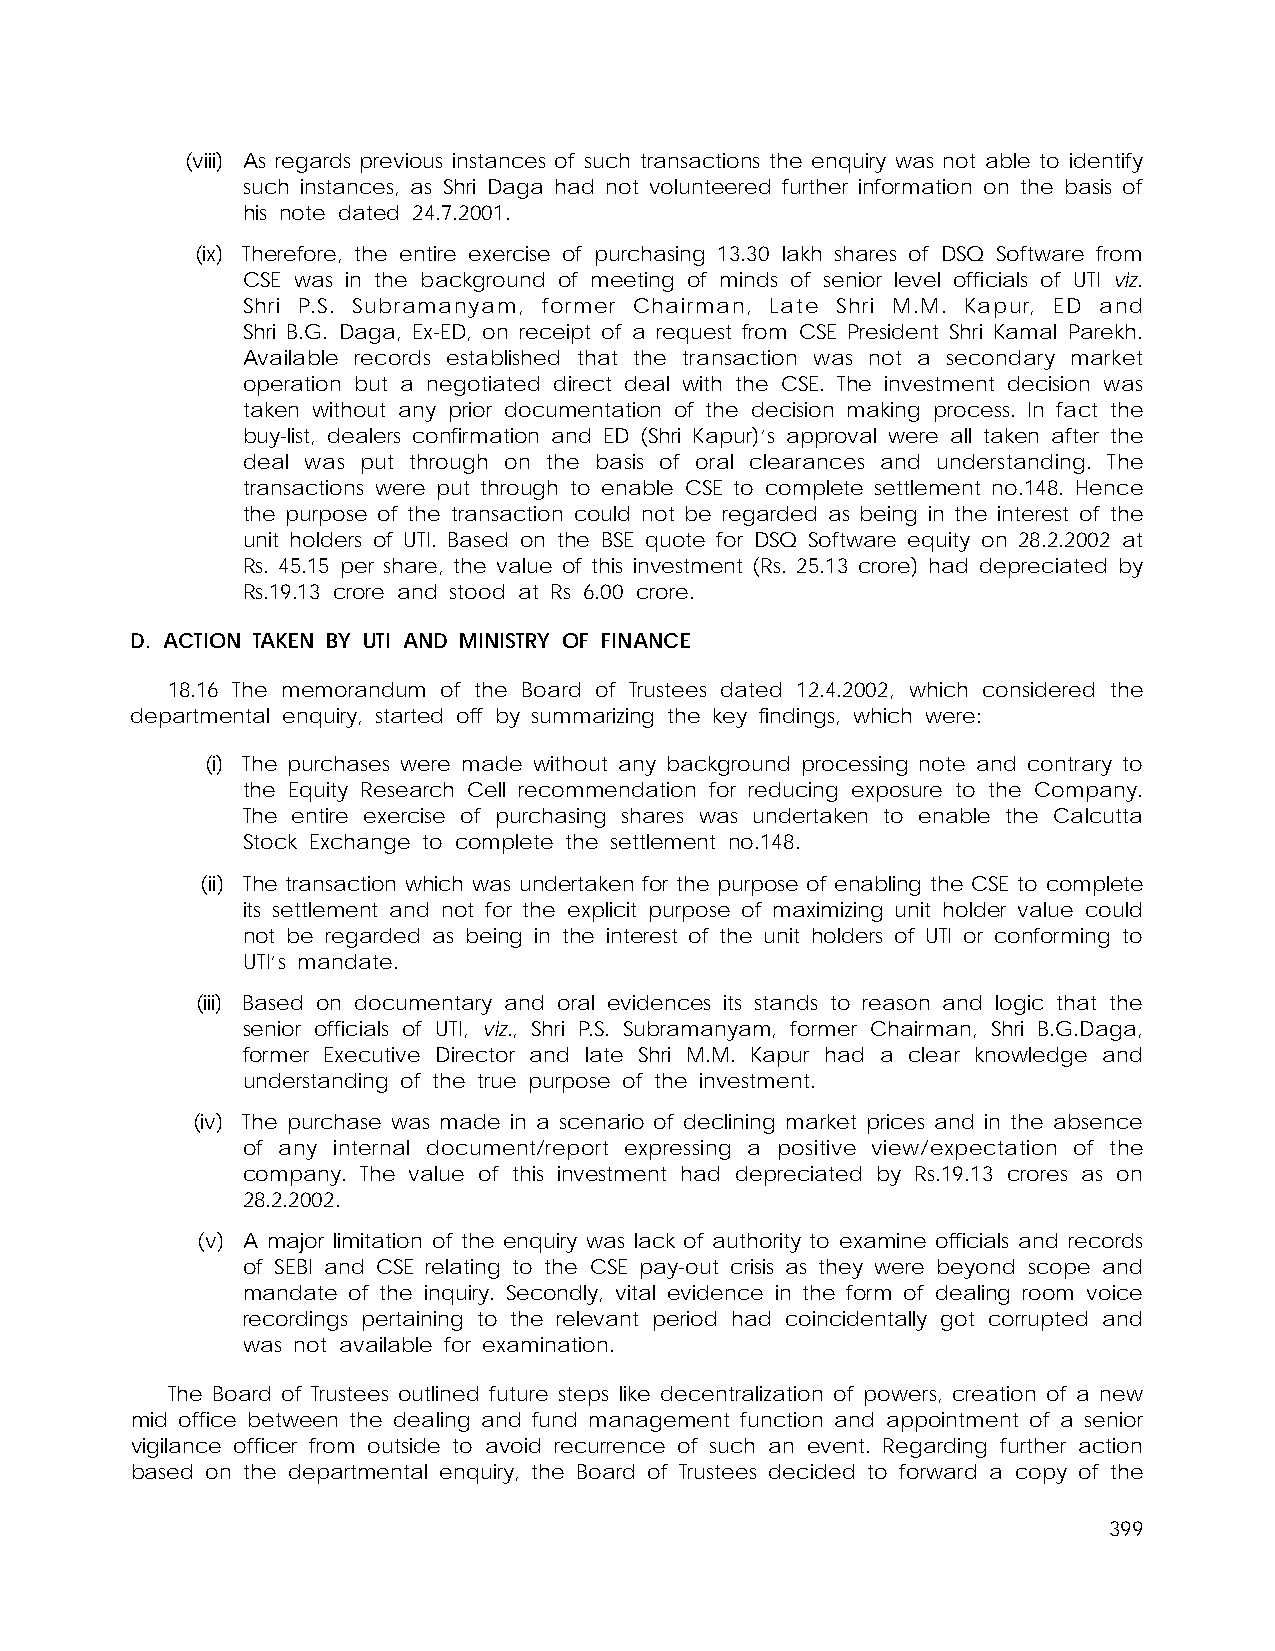
(viii) As regards previous instances of such transactions the enquiry was not able to identify
 such instances, as Shri Daga had not volunteered further information on the basis of
 his note dated 24.7.2001.
 (ix) Therefore, the entire exercise of purchasing 13.30 lakh shares of DSQ Software from
 CSE was in the background of meeting of minds of senior level officials of UTI viz.
 Shri P.S. Subramanyam, former Chairman, Late Shri M.M. Kapur, ED and
 Shri B.G. Daga, Ex-ED, on receipt of a request from CSE President Shri Kamal Parekh.
 Available records established that the transaction was not a secondary market
 operation but a negotiated direct deal with the CSE. The investment decision was
 taken without any prior documentation of the decision making process. In fact the
 buy-list, dealers confirmation and ED (Shri Kapur)’s approval were all taken after the
 deal was put through on the basis of oral clearances and understanding. The
 transactions were put through to enable CSE to complete settlement no.148. Hence
 the purpose of the transaction could not be regarded as being in the interest of the
 unit holders of UTI. Based on the BSE quote for DSQ Software equity on 28.2.2002 at
 Rs. 45.15 per share, the value of this investment (Rs. 25.13 crore) had depreciated by
 Rs.19.13 crore and stood at Rs 6.00 crore.
 D. ACTION TAKEN BY UTI AND MINISTRY OF FINANCE
 18.16 The memorandum of the Board of Trustees dated 12.4.2002, which considered the
 departmental enquiry, started off by summarizing the key findings, which were:
 (i) The purchases were made without any background processing note and contrary to
 the Equity Research Cell recommendation for reducing exposure to the Company.
 The entire exercise of purchasing shares was undertaken to enable the Calcutta
 Stock Exchange to complete the settlement no.148.
 (ii) The transaction which was undertaken for the purpose of enabling the CSE to complete
 its settlement and not for the explicit purpose of maximizing unit holder value could
 not be regarded as being in the interest of the unit holders of UTI or conforming to
 UTI’s mandate.
 (iii) Based on documentary and oral evidences its stands to reason and logic that the
 senior officials of UTI, viz., Shri P.S. Subramanyam, former Chairman, Shri B.G.Daga,
 former Executive Director and late Shri M.M. Kapur had a clear knowledge and
 understanding of the true purpose of the investment.
 (iv) The purchase was made in a scenario of declining market prices and in the absence
 of any internal document/report expressing a positive view/expectation of the
 company. The value of this investment had depreciated by Rs.19.13 crores as on
 28.2.2002.
 (v) A major limitation of the enquiry was lack of authority to examine officials and records
 of SEBI and CSE relating to the CSE pay-out crisis as they were beyond scope and
 mandate of the inquiry. Secondly, vital evidence in the form of dealing room voice
 recordings pertaining to the relevant period had coincidentally got corrupted and
 was not available for examination.
 The Board of Trustees outlined future steps like decentralization of powers, creation of a new
 mid office between the dealing and fund management function and appointment of a senior
 vigilance officer from outside to avoid recurrence of such an event. Regarding further action
 based on the departmental enquiry, the Board of Trustees decided to forward a copy of the
 399